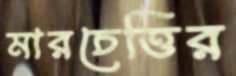
মারচেত্তির